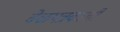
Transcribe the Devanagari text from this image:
वेळपत्रकाची